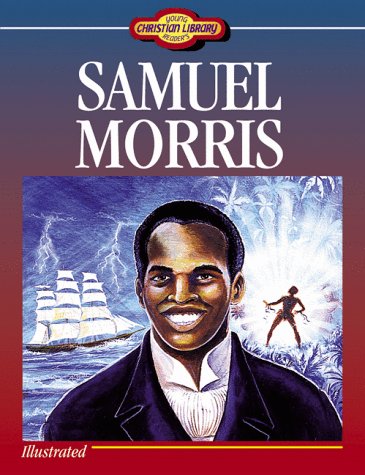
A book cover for Samuel Morris (Young Reader's Christian Library); Kjersti H. Baez; Teen & Young Adult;